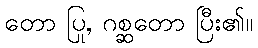
တော ပြု, ဂစ္ဆတော ပြီး၏။